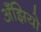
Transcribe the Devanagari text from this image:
अँझियो